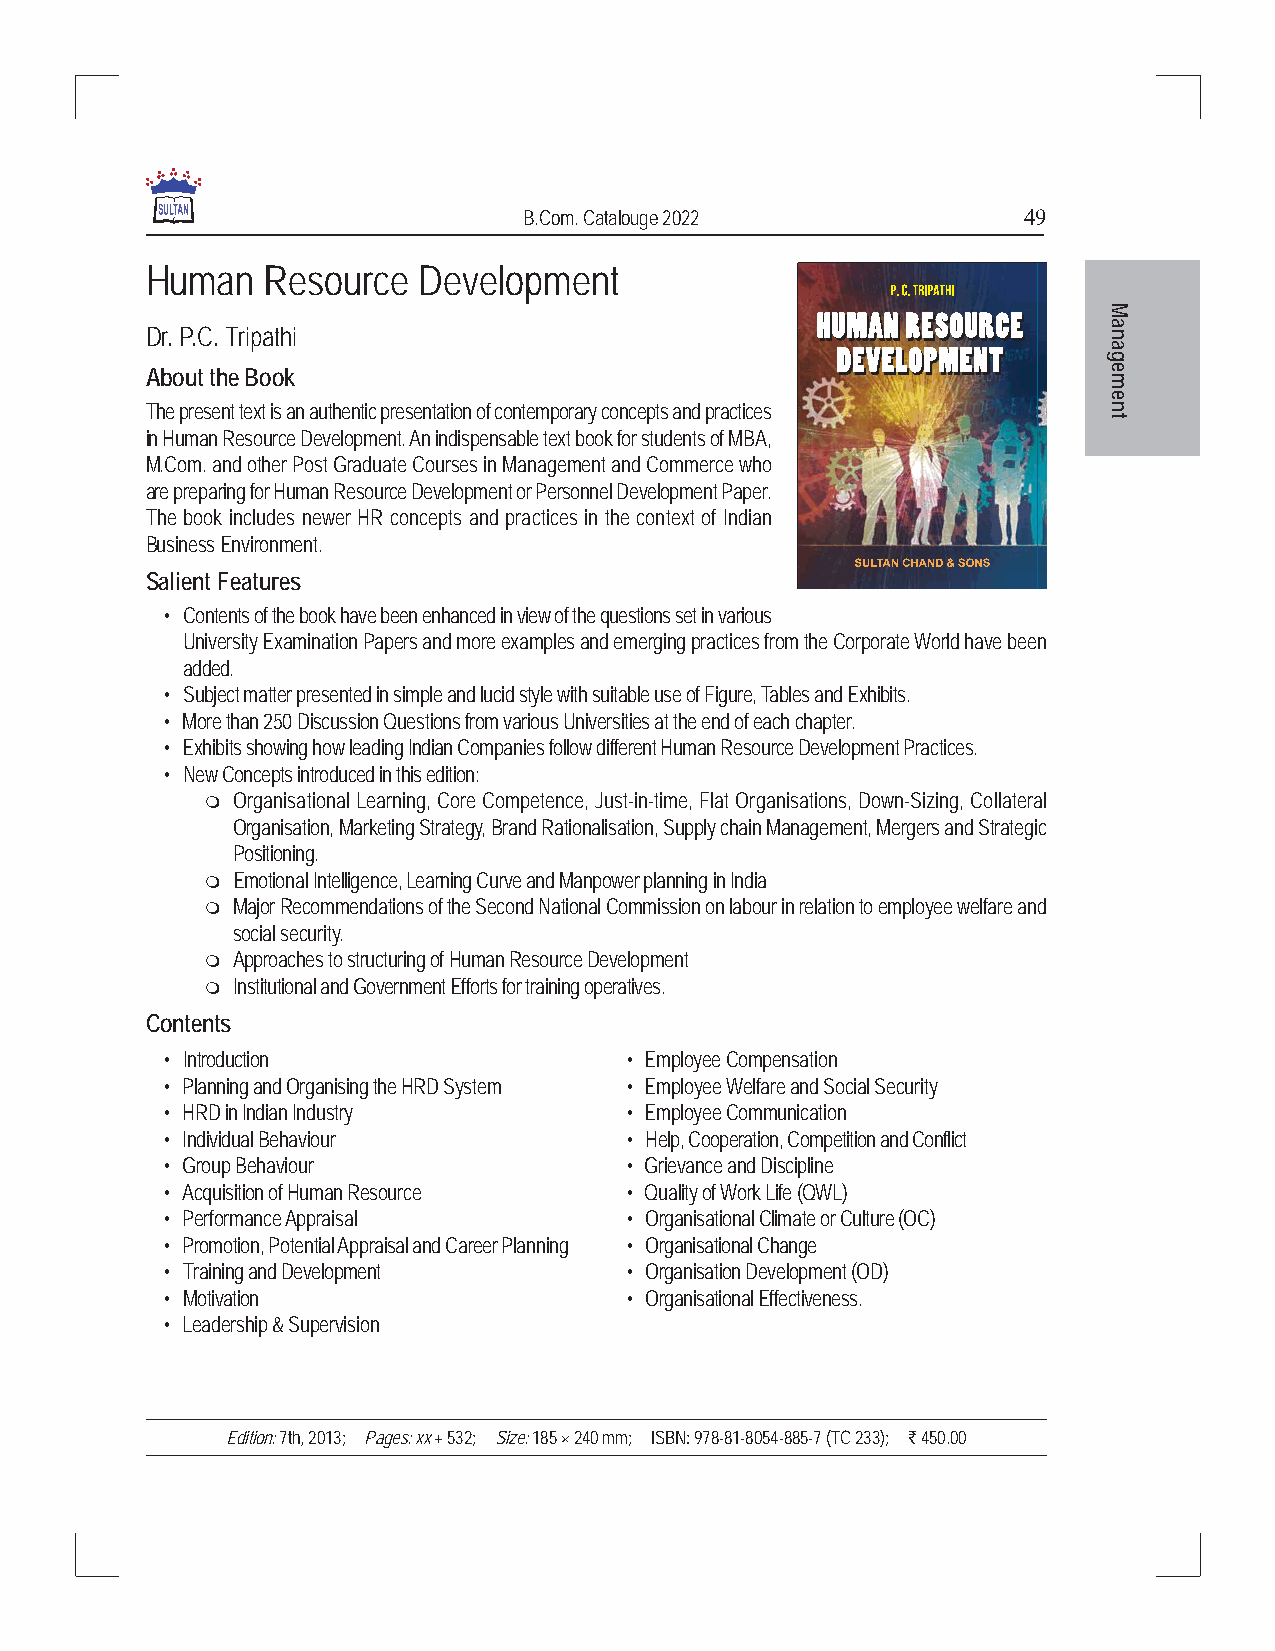
B.Com. Catalouge 2022            49
 Human   Resource  Development
 M
 Dr. P.C. Tripathi                                              na
 a
 g
 About the Book                                                 e
 m
 e
 The present text is an authentic presentation of contemporary concepts and practices n
 t
 in Human Resource Development. An indispensable text book for students of MBA,
 M.Com. and other Post Graduate Courses in Management and Commerce who
 are preparing for Human Resource Development or Personnel Development Paper.
 The book includes newer HR concepts and practices in the context of Indian
 Business Environment.
 Salient Features
 • Contents of the book have been enhanced in view of the questions set in various
 University Examination Papers and more examples and emerging practices from the Corporate World have been
 added.
 • Subject matter presented in simple and lucid style with suitable use of Figure, Tables and Exhibits.
 • More than 250 Discussion Questions from various Universities at the end of each chapter.
 • Exhibits showing how leading Indian Companies follow different Human Resource Development Practices.
 • New Concepts introduced in this edition:
  Organisational Learning, Core Competence, Just-in-time, Flat Organisations, Down-Sizing, Collateral
 Organisation, Marketing Strategy, Brand Rationalisation, Supply chain Management, Mergers and Strategic
 Positioning.
  Emotional Intelligence, Learning Curve and Manpower planning in India
  Major Recommendations of the Second National Commission on labour in relation to employee welfare and
 social security.
  Approaches to structuring of Human Resource Development
  Institutional and Government Efforts for training operatives.
 Contents
 • Introduction                • Employee Compensation
 • Planning and Organising the HRD System • Employee Welfare and Social Security
 • HRD in Indian Industry      • Employee Communication
 • Individual Behaviour        • Help, Cooperation, Competition and Conflict
 • Group Behaviour             • Grievance and Discipline
 • Acquisition of Human Resource • Quality of Work Life (QWL)
 • Performance Appraisal       • Organisational Climate or Culture (OC)
 • Promotion, Potential Appraisal and Career Planning • Organisational Change
 • Training and Development    • Organisation Development (OD)
 • Motivation                  • Organisational Effectiveness.
 • Leadership & Supervision
 Edition: 7th, 2013; Pages: xx + 532; Size: 185 × 240 mm; ISBN: 978-81-8054-885-7 (TC 233); ` 450.00